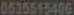
0515515406